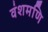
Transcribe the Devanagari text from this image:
वंशमणि